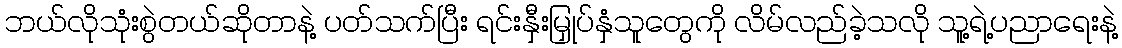
ဘယ်လိုသုံးစွဲတယ်ဆိုတာနဲ့ ပတ်သက်ပြီး ရင်းနှီးမြှုပ်နှံသူတွေကို လိမ်လည်ခဲ့သလို သူ့ရဲ့ပညာရေးနဲ့